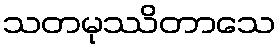
သတမုဿိတာသေ